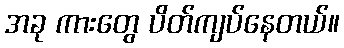
အခု ကားတွေ ပိတ်ကျပ်နေတယ်။